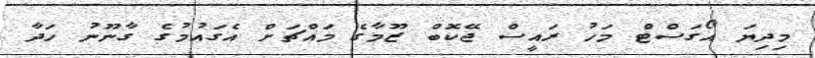
މިދިޔަ އޯގަސްޓް މަހު ރައީސް ޖޭކޮބް ޒޫމާގެ މައްޗަށް އެގައުމުގެ ގާނޫނު ހަދާ